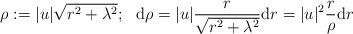
LaTeX: \begin{align*} \rho := |u| \sqrt{r^2+\lambda^2} ;~~ \mathrm{d}\rho = |u| \frac{r}{\sqrt{r^2+\lambda^2}} \mathrm{d}r = |u|^2 \frac{r}{\rho} \mathrm{d}r\end{align*}